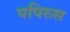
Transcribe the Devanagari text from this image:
पपिरुस